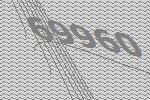
69960